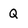
Character: Q